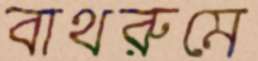
বাথরুমে